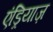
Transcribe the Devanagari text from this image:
एंड्रियाज़